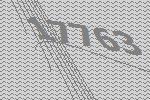
17763